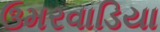
ઉમરવાડિયા